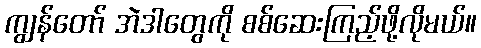
ကျွန်တော် အဲဒါတွေကို စစ်ဆေးကြည့်ဖို့လိုမယ်။